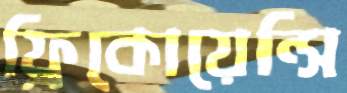
ফ্রিকোয়েন্সি